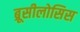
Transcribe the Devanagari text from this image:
ब्रूसीलोसिस